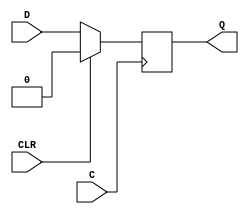
module beh_vlog_ff_clr_v8_2 (Q, C, CLR, D);
  parameter INIT = 0;
localparam FLOP_DELAY = 100;
    output Q;
    input  C, CLR, D;
    reg Q;
    initial Q= 1'b0;
    always @(posedge C )
      if (CLR)
	Q<= 1'b0;
      else
	Q<= #FLOP_DELAY D;
endmodule